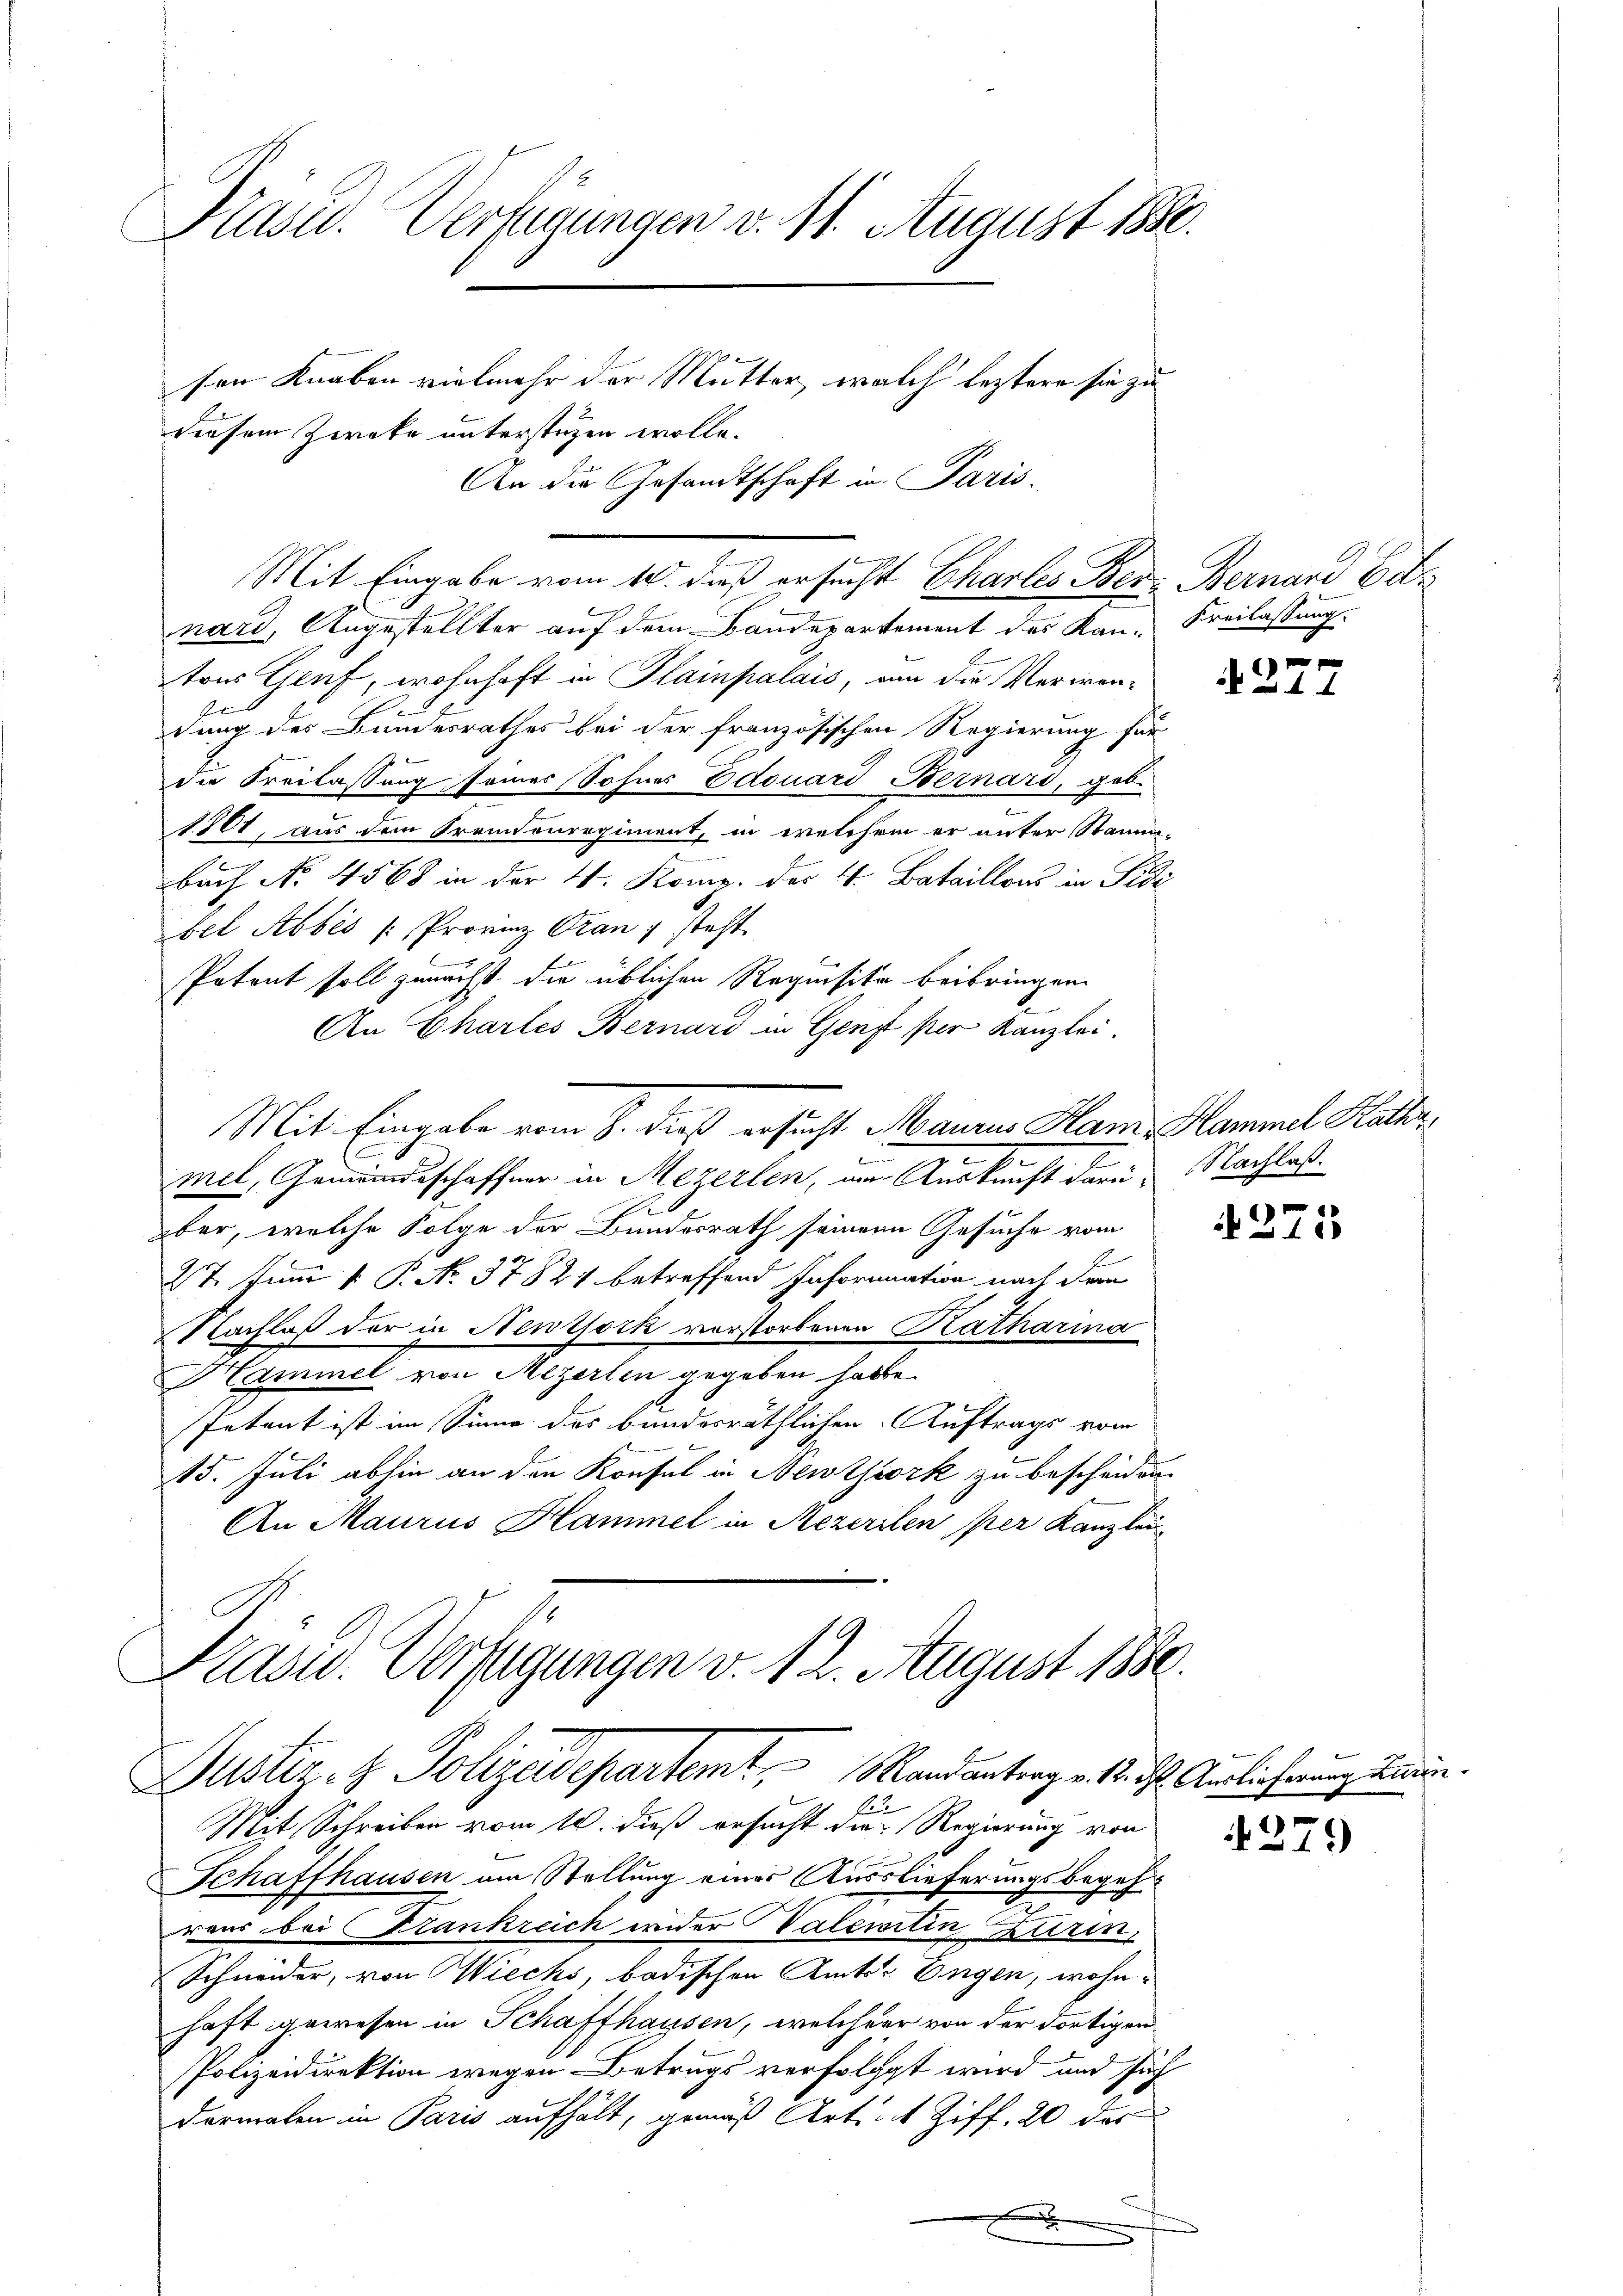
Präsid. Verfügungen v. 11. August 1880.
sen Knaben vielmehr der Mutter, welch leztere sie zu
diesem Zwecke unterstüzen wolle.

An die Gesandtschaft in Paris.
nard, Angestellter auf dem Bandepartement des Kan-Freilassung.
tons Genf, wohnhaft in Plainpalais, an die Merirendung des Bundesrathes bei der französischen Regierung für
die Freilassung seiner Sohner Edouard Bernard, geb.
1801, aus dem Premtonregiment, in welchem er unter Stamm-
bach No. 4568 in der 4. Komp. des 4. Bataillons in Pisi
bel Abbes /: Provinz Oran 1 steht.
Potent soll zunächst die üblichen Requisito beibringen.
An Chartes Bernard in Genst per Kanzlei-
Mit Eingabe vom 8. dieß ersucht Maures Ham Sammel Kathr
7
mel, Gemeindsschaffner in Mezerlen, am Auskunft daru. Nachlaß.
aber, welche Folge der Bundesrath seinem Gesuche vom
27. Juni [ P. N. 37821 betreffend Information nach dem
Nachlaß der in Newtork vorstorbenen Katharina
Hammel von Mezerlen gegeben habe.
Intant ist im Sinne des bundesräthlichen Auftrags vom
e
15. Juli abhin an den Konsul in Newtiork zu bescheiden
An Maurus Hammel in Rezerilen per Kanzlei
Kasw. Verfügungen v. 1. 2. August 1880.

.
Mit Eingabe vom 10. dieß ersucht Charles Bei Bernard Ed

Ein
Mit Schreiben vom 10. dieß ersucht die Regierung von
Schaffhausen am Stellung eines Ausslieferungsbegehr
raus bei Frankreich wieder Vateritin Kurin,
Schneider, von Wiecks, badischen Amts Engen, wohnhaft gewesen in Schaffhausen, welcherr von der dortigen
Polizeidirektion wegen Betrugs verfolgt wird und sich
darmalen in Paris aufhält, gemäß Art. 1 Ziff. 20 des

x

Justiz- & Polizeidepartemt, Mandantrag v. 2. d. Auslicherung denn

4277

271

4279